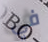
في